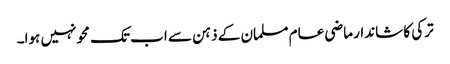
ترکی کا شاندار ماضی عام مسلمان کے ذہن سے اب تک محو نہیں ہوا۔